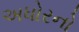
અધોરનો